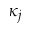
\kappa _ { j }